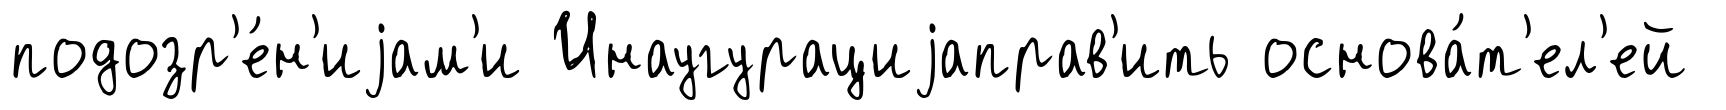
подозр'е́н'иjам'и Инаугурациjаправ'ить основа́т'ел'ей